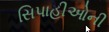
સિપાહીઓની